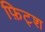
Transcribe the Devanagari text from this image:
फ़िट्श